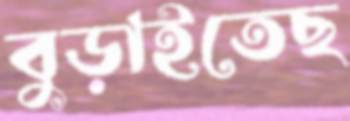
বুড়াইতেছ